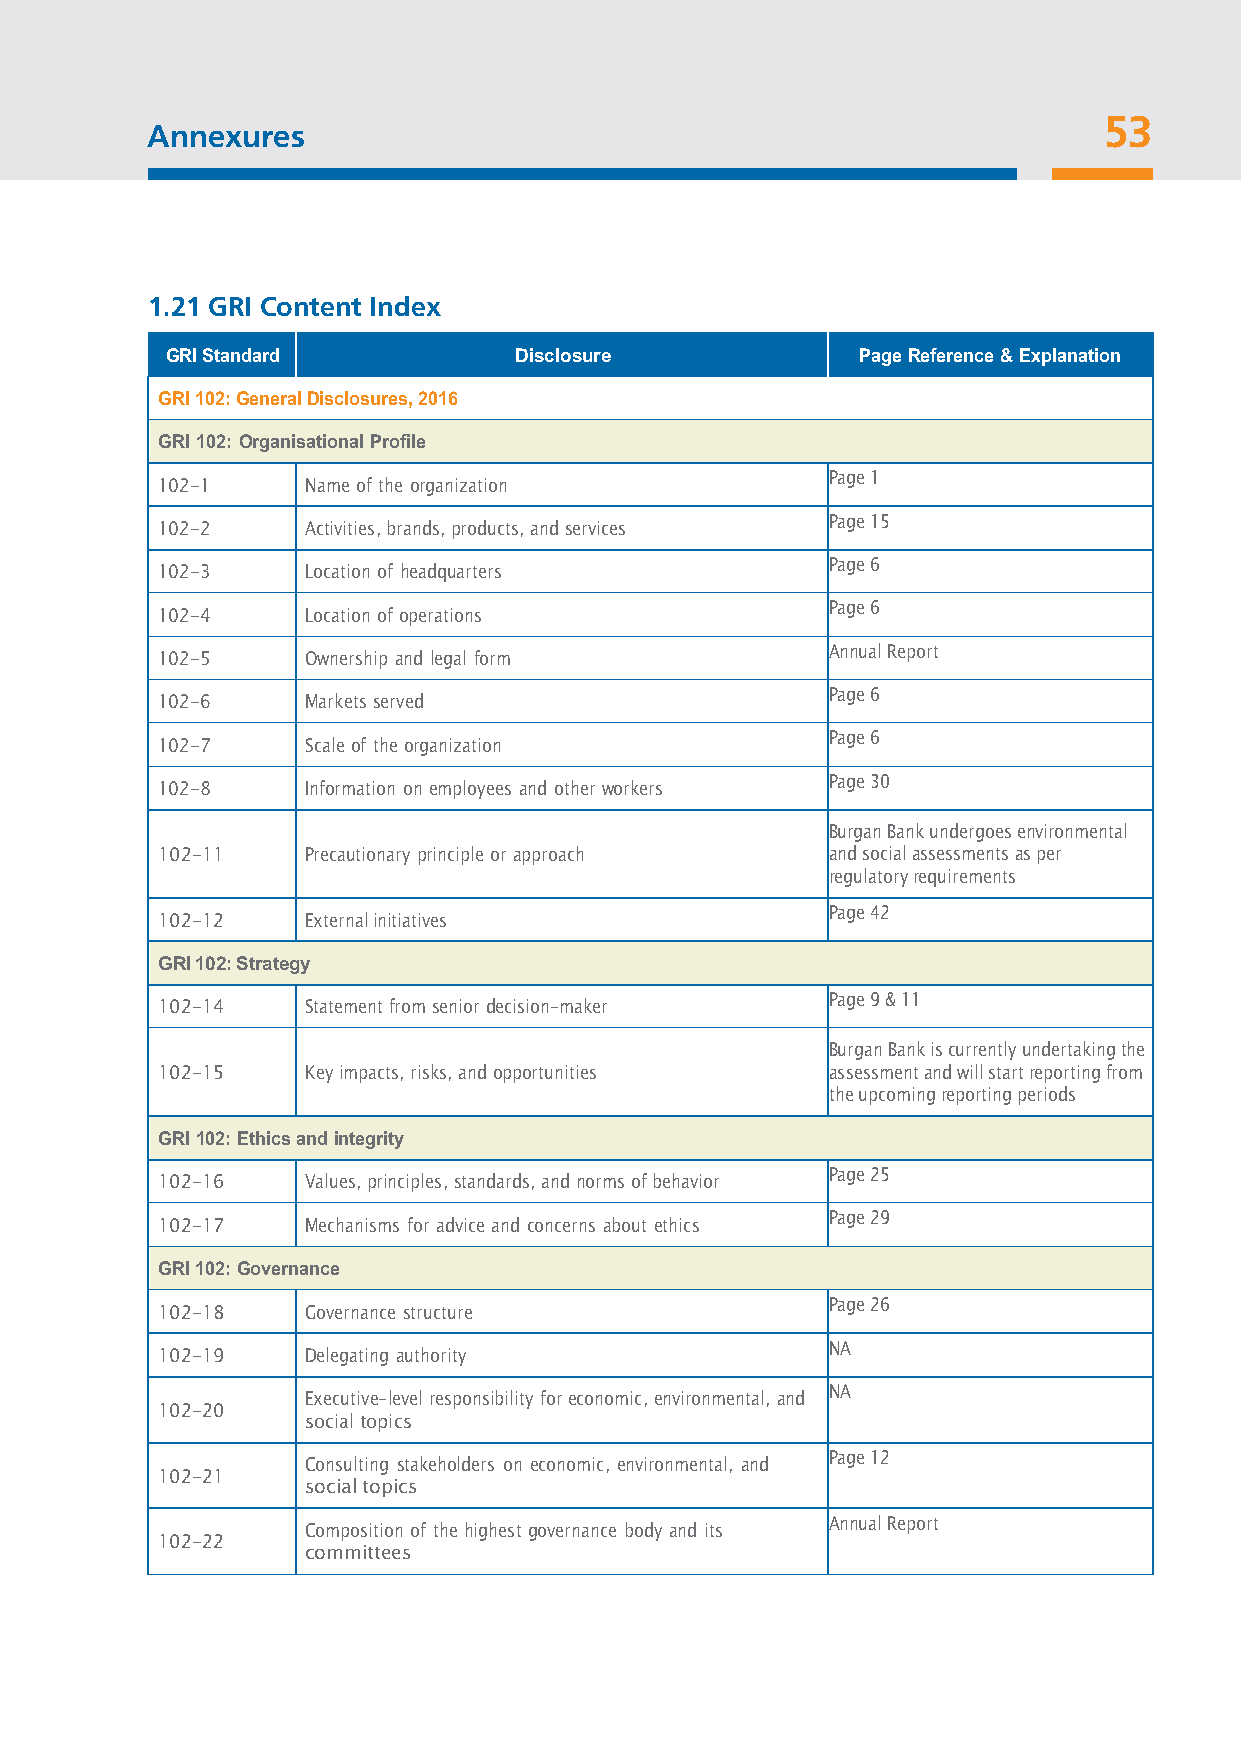
A5 n2
 n exures
 53
 11..1271 GGRRII CCoonntteenntt IInnddeexx
 GRI Standard           Disclosure             Page Reference & Explanation
 GRI 102: General Disclosures, 2016
 GRI 102: Organisational Profile
 Page 1
 102-1     Name of the organization
 Page 15
 102-2     Activities, brands, products, and services
 Page 6
 102-3     Location of headquarters
 Page 6
 102-4     Location of operations
 Annual Report
 102-5     Ownership and legal form
 Page 6
 102-6     Markets served
 Page 6
 102-7     Scale of the organization
 Page 30
 102-8     Information on employees and other workers
 Burgan Bank undergoes environmental
 102-11    Precautionary principle or approach and social assessments as per
 regulatory requirements
 Page 42
 102-12    External initiatives
 GRI 102: Strategy
 Page 9 & 11
 102-14    Statement from senior decision-maker
 Burgan Bank is currently undertaking the
 102-15    Key impacts, risks, and opportunities assessment and will start reporting from
 the upcoming reporting periods
 GRI 102: Ethics and integrity
 Page 25
 102-16    Values, principles, standards, and norms of behavior
 Page 29
 102-17    Mechanisms for advice and concerns about ethics
 GRI 102: Governance
 Page 26
 102-18    Governance structure
 NA
 102-19    Delegating authority
 NA
 Executive-level responsibility for economic, environmental, and
 102-20
 social topics
 Page 12
 Consulting stakeholders on economic, environmental, and
 102-21
 social topics
 Annual Report
 Composition of the highest governance body and its
 102-22
 committees